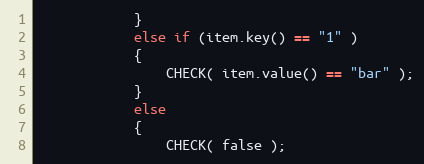
Language: C++
            }
            else if (item.key() == "1" )
            {
                CHECK( item.value() == "bar" );
            }
            else
            {
                CHECK( false );